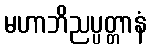
မဟာဘိညပ္ပတ္တာနံ